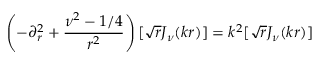
\left( - \partial _ { r } ^ { 2 } + \frac { \nu ^ { 2 } - 1 / 4 } { r ^ { 2 } } \right) [ \sqrt { r } J _ { \nu } ( k r ) ] = k ^ { 2 } [ \sqrt { r } J _ { \nu } ( k r ) ]